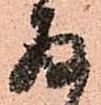
存